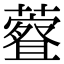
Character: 𫊀